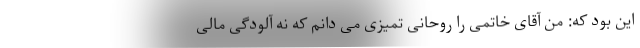
این بود که: من آقای خاتمی را روحانی تمیزی می دانم که نه آلودگی مالی